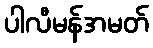
ပါလီမန်အမတ်